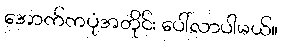
အောက်ကပုံအတိုင်း ပေါ်လာပါမယ်။